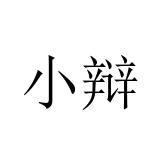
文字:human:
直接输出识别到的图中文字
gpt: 小辩